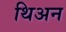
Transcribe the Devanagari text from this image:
थिअन